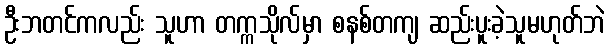
ဦးဘတင်ကလည်း သူဟာ တက္ကသိုလ်မှာ စနစ်တကျ ဆည်းပူးခဲ့သူမဟုတ်ဘဲ